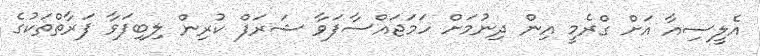
އެލީސިއާ އަށް ގްރެމީ އިން ދިނުމަށް ހަމަޖައްސާފަވާ ޝަރަފް ކުރިން ލިބިފަވާ ފަރާތްތަކުގެ